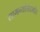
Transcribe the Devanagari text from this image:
सामन्यांसंदर्भात